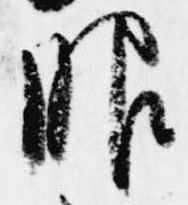
服